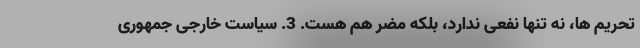
تحریم ها، نه تنها نفعی ندارد، بلکه مضر هم هست. 3. سیاست خارجی جمهوری